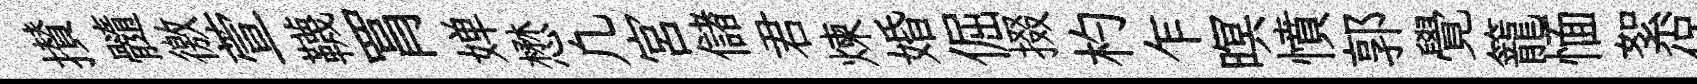
攅髓徼萱韈罥婵懋凢宮儲君煉婚倔掇杓乍暝憤郭覺籠愐絮保